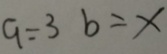
a = 3 b = x